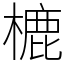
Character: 樚